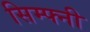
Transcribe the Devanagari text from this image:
सिम्फ्नी